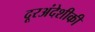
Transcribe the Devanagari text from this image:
दूरअंदेशीकी